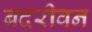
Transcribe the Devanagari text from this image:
बदरीवन